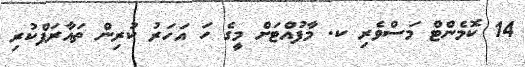
14 ކޮމެންޓް މަސްވެރި ކ. މާފުއްޓަށް މީގެ ހަ އަހަރު ކުރިން ތައާރަފްކުރި